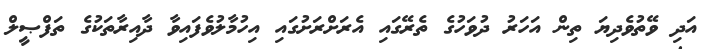
އަދި ވޭތުވެދިޔަ ތިން އަހަރު ދުވަހުގެ ތެރޭގައި އެރަށްރަށުގައި އިހުމާލުވެފައިވާ ދާއިރާތަކުގެ ތަފްޞީލް